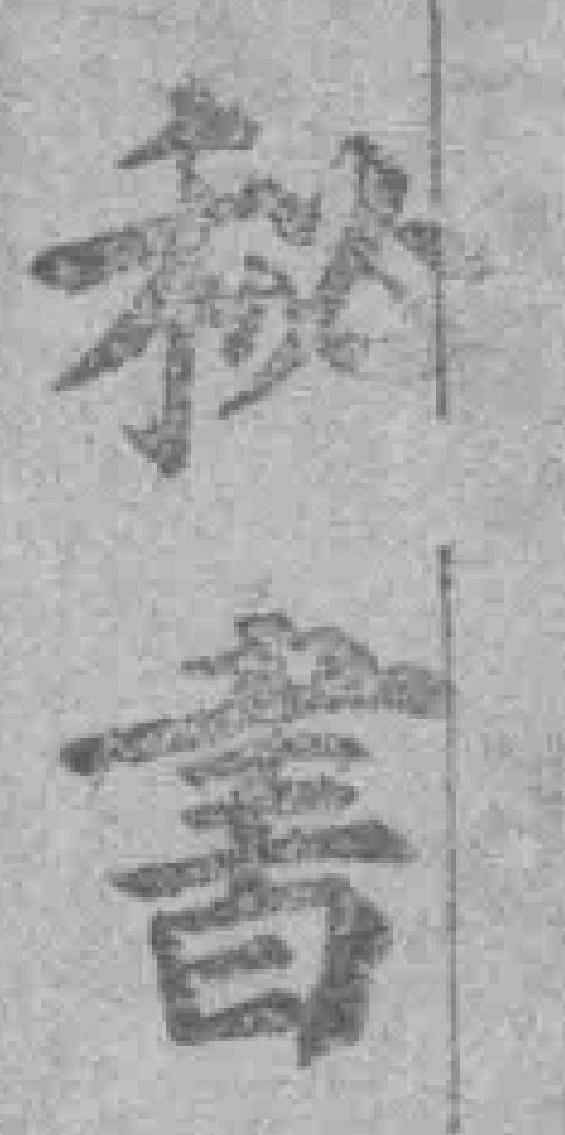
秘書